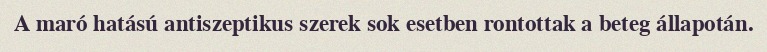
A maró hatású antiszeptikus szerek sok esetben rontottak a beteg állapotán.